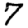
Digit: 7